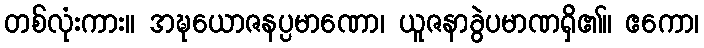
တစ်လုံးကား။ အဍ္ဎယောဇနပ္ပမာဏော၊ ယူဇနာခွဲပမာဏရှိ၏။ ဧကော၊